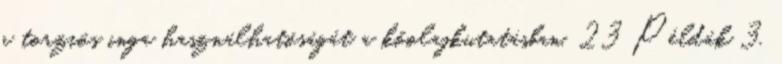
a torziós inga használhatóságát a kőolajkutatásban. 23 Példák 3.